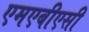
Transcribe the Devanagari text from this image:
एमएबीएसी